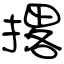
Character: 撂